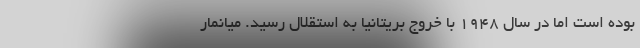
بوده است اما در سال ۱۹۴۸ با خروج بریتانیا به استقلال رسید. میانمار